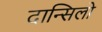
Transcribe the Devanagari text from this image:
दान्सिलो